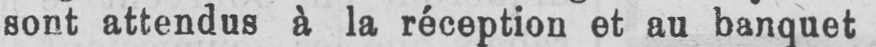
sont attendus à la réception et au banquet